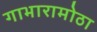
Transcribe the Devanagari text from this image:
गाभारामोठा